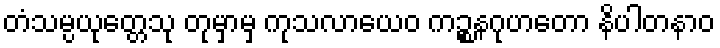
တံသမ္ပယုတ္တေသု တုမှာမှ ကုသလာယေဝ ကဉ္စနဂုဟတော နိပါတနာဝ